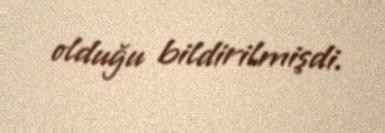
olduğu bildirilmişdi.